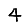
Digit: 4